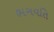
ભગવતિ